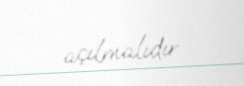
açılmalıdır.